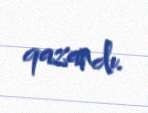
qazandı.